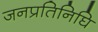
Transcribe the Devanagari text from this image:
जनप्रतिनिघि